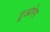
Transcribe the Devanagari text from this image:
टूआरेग